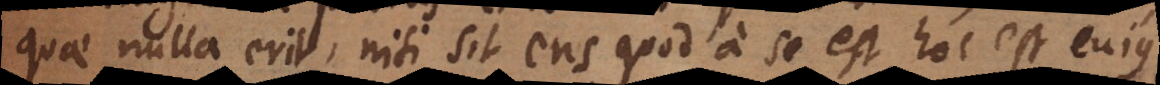
quae nulla erit, nisi sit ens quod a se est, hoc est cujus